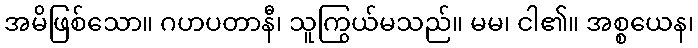
အမိဖြစ်သော။ ဂဟပတာနီ၊ သူကြွယ်မသည်။ မမ၊ ငါ၏။ အစ္စယေန၊